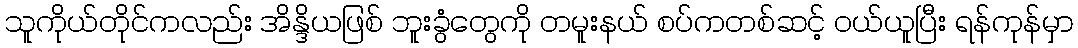
သူကိုယ်တိုင်ကလည်း အိန္ဒိယဖြစ် ဘူးခွံတွေကို တမူးနယ် စပ်ကတစ်ဆင့် ဝယ်ယူပြီး ရန်ကုန်မှာ